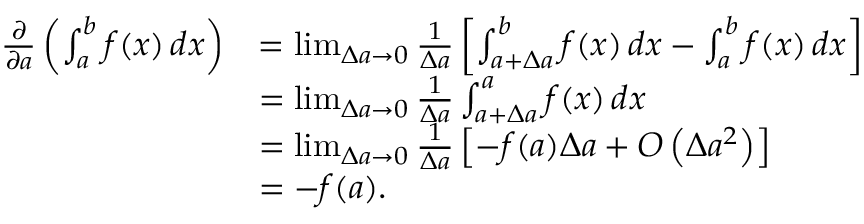
{ \begin{array} { r l } { { \frac { \partial } { \partial a } } \left( \int _ { a } ^ { b } f ( x ) \, d x \right) } & { = \operatorname* { l i m } _ { \Delta a \to 0 } { \frac { 1 } { \Delta a } } \left[ \int _ { a + \Delta a } ^ { b } f ( x ) \, d x - \int _ { a } ^ { b } f ( x ) \, d x \right] } \\ & { = \operatorname* { l i m } _ { \Delta a \to 0 } { \frac { 1 } { \Delta a } } \int _ { a + \Delta a } ^ { a } f ( x ) \, d x } \\ & { = \operatorname* { l i m } _ { \Delta a \to 0 } { \frac { 1 } { \Delta a } } \left[ - f ( a ) \Delta a + O \left( \Delta a ^ { 2 } \right) \right] } \\ & { = - f ( a ) . } \end{array} }